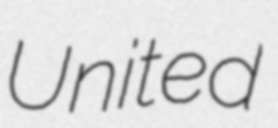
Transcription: United